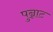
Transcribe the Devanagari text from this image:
पुन्नाट